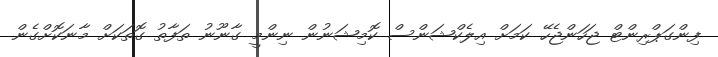
ފިންގަޕްރިންޓް ޖަހަންޖެހޭ ކަމަށް އިލެކްޝަންސް ކޮމިޝަނުން ނިންމީ ގާނޫނު ތަފާތު ގޮތަކަށް މާނަކޮށްގެން